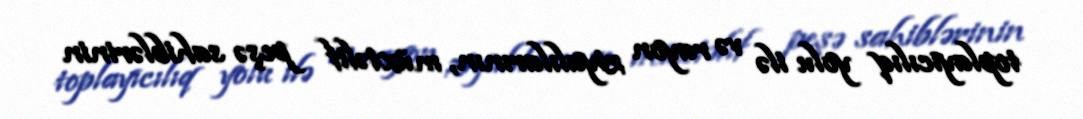
toplayıcılıq yolu ilə və rayon ziyalılarının, müxtəlif peşə sahiblərinin